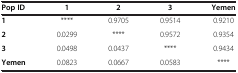
<table><thead><tr><td><b>Pop ID</b></td><td><b>1</b></td><td><b>2</b></td><td><b>3</b></td><td><b>Yemen</b></td></tr></thead><tbody><tr><td><b>1</b></td><td>****</td><td>0.9705</td><td>0.9514</td><td>0.9210</td></tr><tr><td><b>2</b></td><td>0.0299</td><td>****</td><td>0.9572</td><td>0.9354</td></tr><tr><td><b>3</b></td><td>0.0498</td><td>0.0437</td><td>****</td><td>0.9434</td></tr><tr><td><b>Yemen</b></td><td>0.0823</td><td>0.0667</td><td>0.0583</td><td>****</td></tr></tbody></table>